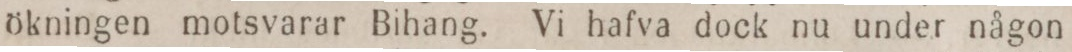
ökningen motsvarar Bihang. Vi hafva dock nu under någon